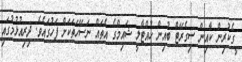
ީގެކުރިން ކާއިން ސިގެރޭޓް ބުއިން ހުއްޓާލީ ޝައިމްގެ އެތައް ނަސޭހަތަކަށް ފަހުގައެވެ. ދިރިއުޅުމުގައި